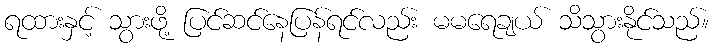
ရထားနှင့် သွားဖို့ ပြင်ဆင်နေပြန်ရင်လည်း မမရေချယ် သိသွားနိုင်သည်။